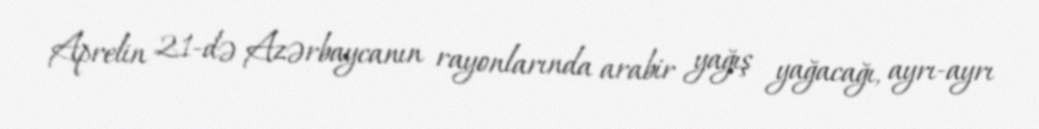
Aprelin 21-də Azərbaycanın rayonlarında arabir yağış yağacağı, ayrı-ayrı